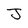
Character: J